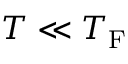
T \ll T _ { \mathrm { F } }